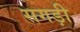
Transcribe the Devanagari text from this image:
सगड़ी